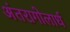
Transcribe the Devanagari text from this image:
अंतरागोलार्ध